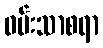
ဝမ်းသာစရာ